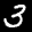
Label: 3